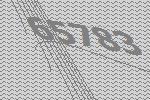
65783